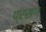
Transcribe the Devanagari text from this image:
प्रसग